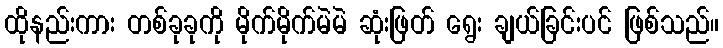
ထိုနည်းကား တစ်ခုခုကို မိုက်မိုက်မဲမဲ ဆုံးဖြတ် ရွေး ချယ်ခြင်းပင် ဖြစ်သည်။